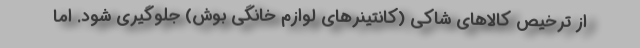
از ترخیص کالاهای شاکی (کانتینرهای لوازم خانگی بوش) جلوگیری شود. اما